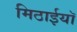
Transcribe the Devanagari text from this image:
मिठाईयाॅ